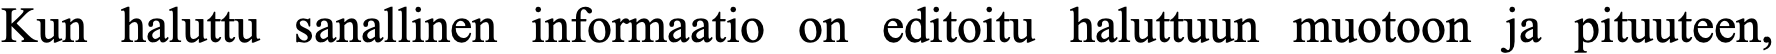
Kun haluttu sanallinen informaatio on editoitu haluttuun muotoon ja pituuteen,